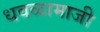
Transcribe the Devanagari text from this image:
धवळामाजी